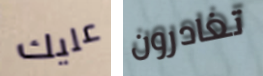
عليك تغادرون